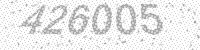
Solution: 426005